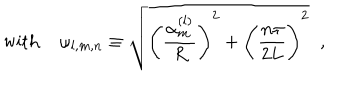
\mathrm { w i t h ~ } \omega _ { l , m , n } \equiv \sqrt { \Biggl ( \frac { \alpha _ { m } ^ { ( l ) } } R \Biggr ) ^ { 2 } + \Biggl ( \frac { n \pi } { 2 L } \Biggr ) ^ { 2 } } \; \; ,